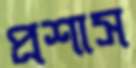
প্রশাস